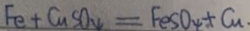
F e + C u S O _ { 4 } = F e S O _ { 4 } + C u .